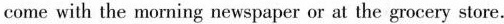
come with the morning newspaper or at the grocery store.